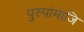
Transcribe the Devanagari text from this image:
पुस्पांमाजि